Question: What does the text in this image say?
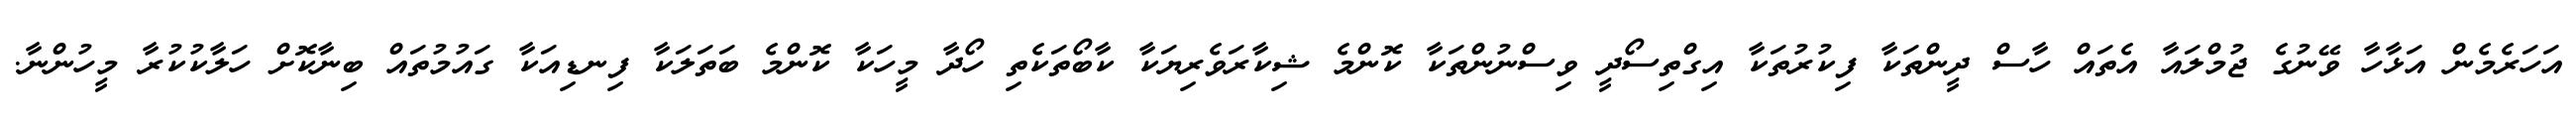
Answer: އަހަރެމެން އަޅާހާ ވޭނުގެ ޖުމްލައާ އެތައް ހާސް ދީންތަކާ ފިކުރުތަކާ އިގްތިސޯދީ ވިސްނުންތަކާ ކޮންމެ ޝިކާރަވެރިޔަކާ ކާބޯތަކެތި ހޯދާ މީހަކާ ކޮންމެ ބަތަލަކާ ފިނޑިއަކާ ގައުމުތައް ބިނާކޮށް ހަލާކުކުރާ މީހުންނާ.